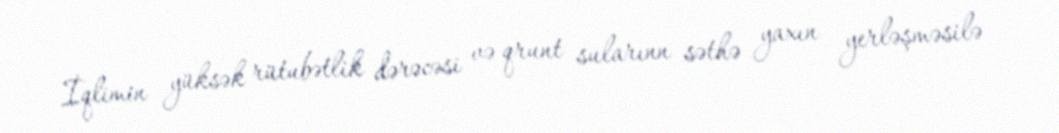
İqlimin yüksək rütubətlik dərəcəsi və qrunt sularınn səthə yaxın yerləşməsilə